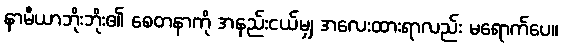
နာမီယာဘိုးဘိုး၏ စေတနာကို အနည်းငယ်မျှ အလေးထားရာလည်း မရောက်ပေ။